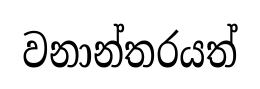
වනාන්තරයත්